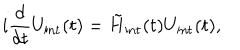
i \frac { d } { d t } U _ { \mathrm { i n t } } ( t ) = \tilde { H } _ { \mathrm { i n t } } ( t ) U _ { \mathrm { i n t } } ( t ) ,